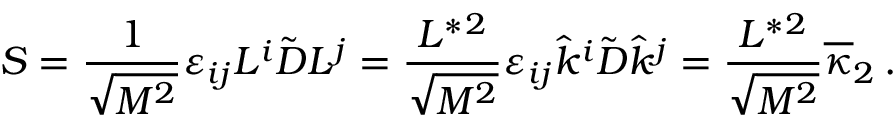
S = { \frac { 1 } { \sqrt { M ^ { 2 } } } } \varepsilon _ { i j } L ^ { i } \tilde { D } L ^ { j } = { \frac { L ^ { * } { } ^ { 2 } } { \sqrt { M ^ { 2 } } } } \varepsilon _ { i j } \hat { k } ^ { i } \tilde { D } \hat { k } ^ { j } = { \frac { L ^ { * } { } ^ { 2 } } { \sqrt { M ^ { 2 } } } } \overline { { \kappa } } _ { 2 } \, .